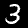
Label: 3